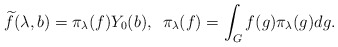
\begin{align*} \widetilde{f}(\lambda,b) = \pi_\lambda(f)Y_0(b),\,\,\, \pi_\lambda(f) = \int_G f(g) \pi_\lambda(g) dg.\end{align*}